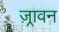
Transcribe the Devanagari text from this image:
ज़्रावन